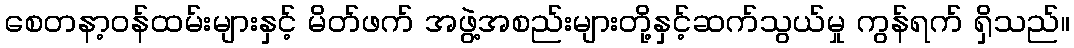
စေတနာ့ဝန်ထမ်းများနှင့် မိတ်ဖက် အဖွဲ့အစည်းများတို့နှင့်ဆက်သွယ်မှု ကွန်ရက် ရှိသည်။